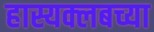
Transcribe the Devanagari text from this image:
हास्यक्लबच्या